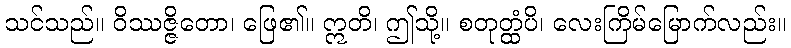
သင်သည်။ ဝိဿဇ္ဇိတော၊ ဖြေ၏။ ဣတိ၊ ဤသို့။ စတုတ္ထံပိ၊ လေးကြိမ်မြောက်လည်း။